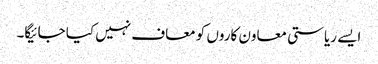
ایسے ریاستی معاون کاروں کو معاف نہیں کیا جائیگا۔